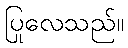
ပြုလေသည်။